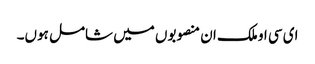
ای سی او ملک ان منصوبوں میں شامل ہوں۔